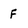
Character: F